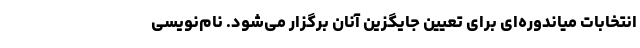
انتخابات میاندوره‌ای برای تعیین جایگزین آنان برگزار می‌شود. نام‌نویسی